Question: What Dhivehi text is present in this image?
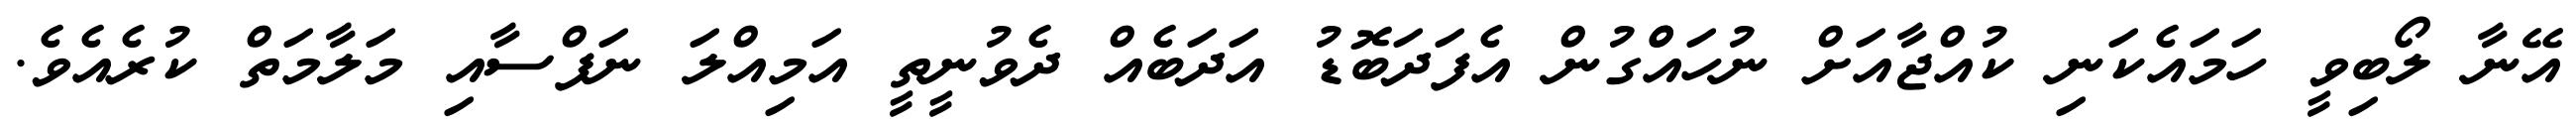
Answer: އޭނާ ލޯބިވީ ހަމައެކަނި ކުއްޖާއަށް ނުހައްްގުން އެފަދަބޮޑު އަދަބެއް ދެވުނީތީ އަމިއްލަ ނަފްސާއި މަލާމަތް ކުރެއެވެ.